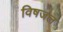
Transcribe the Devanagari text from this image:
विषजल